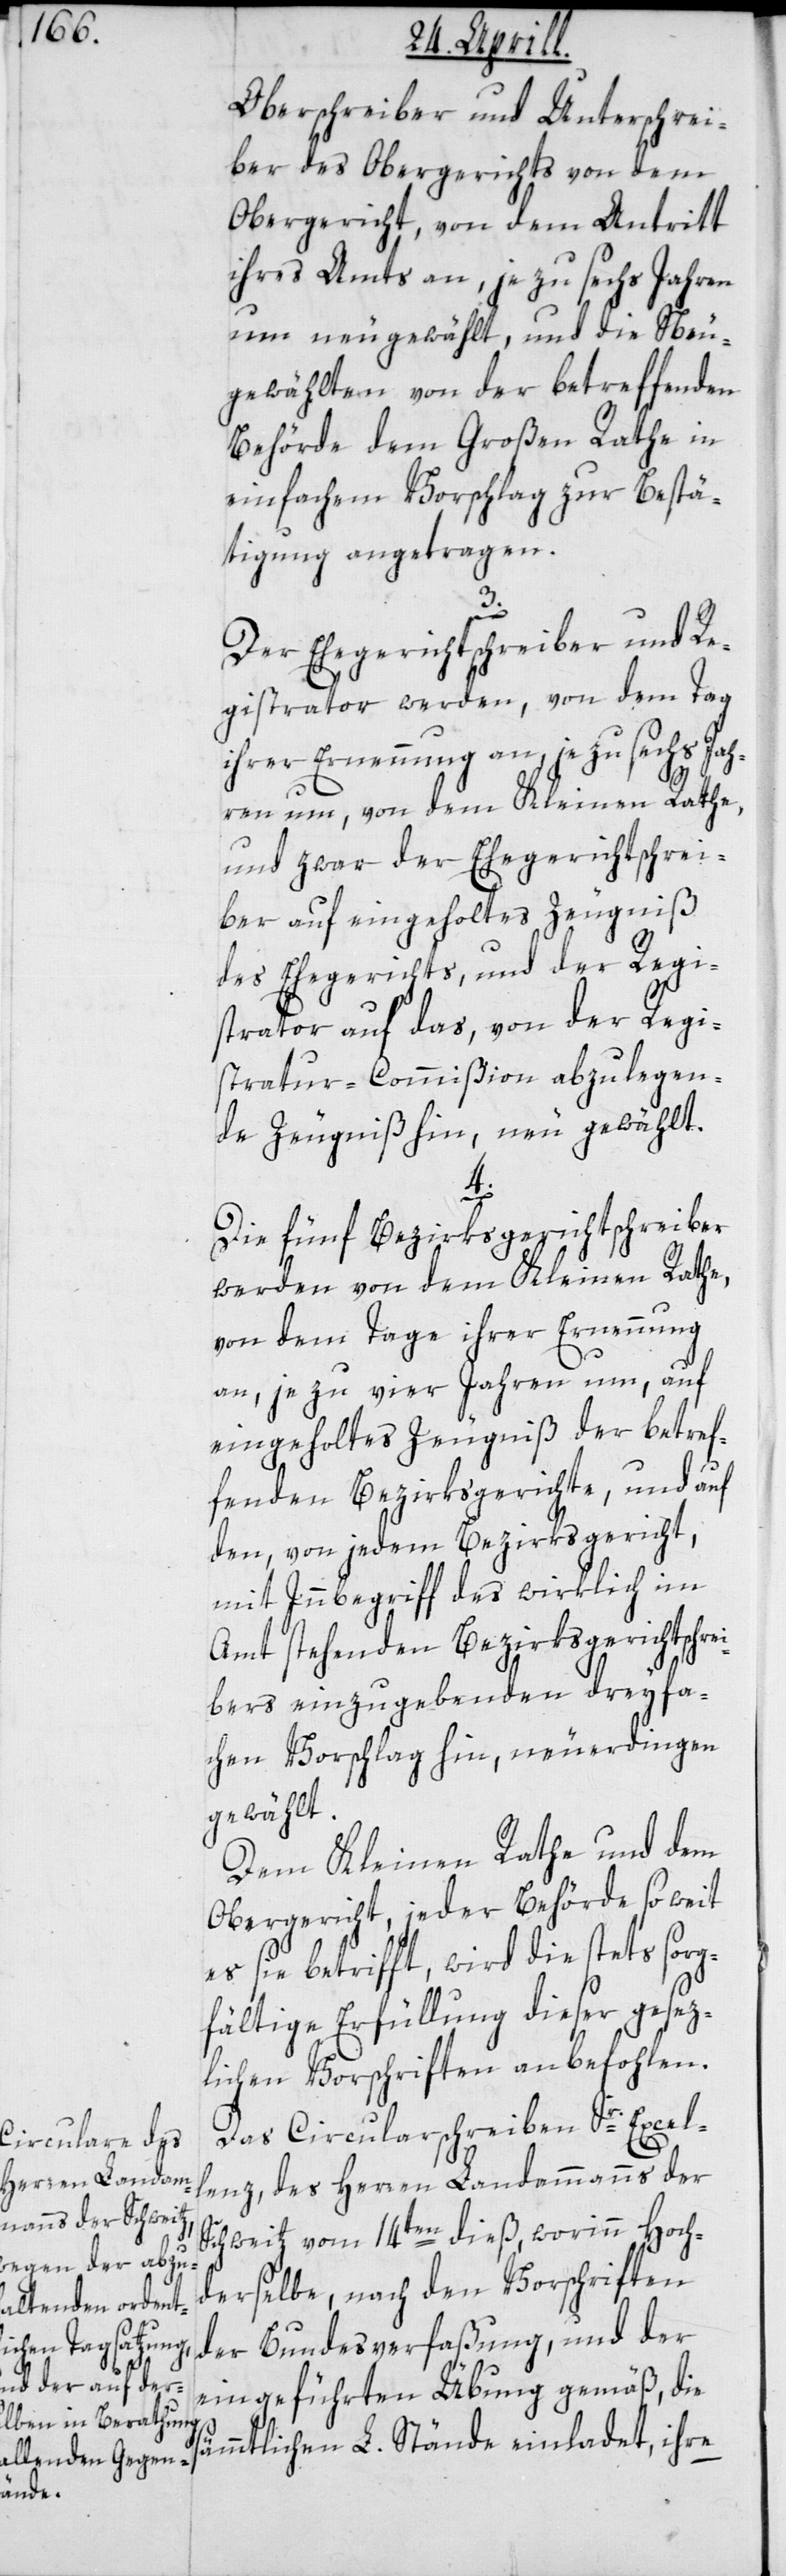
Oberschreiber und der Unterschrei¬
ber des Obergerichts von dem
Obergericht, von dem Antritt
ihres Amts an, je zu sechs Jahren
um neu gewählt, und die Neu¬
gewählten von der betreffenden
Behörde dem Großen Rathe in
einfachem Vorschlag zur Bestä¬
tigung angetragen.
3.
Der Ehegerichtschreiber und Re¬
gistrator werden, von dem Tag
ihrer Ernennung an, je zu sechs Jah¬
ren um, von dem Kleinen Rathe,
und zwar der Ehegerichtschrei¬
ber auf eingeholtes Zeugniß
des Ehegerichts, und der Regi¬
strator auf das, von der Regi¬
stratur-Commißion abzulegen¬
de Zeugniß hin, neu gewählt.
4.
Die fünf Bezirksgerichtschreiber
werden von dem Kleinen Rathe,
von dem Tage ihrer Ernennung
an, je zu vier Jahren um, auf
eingeholtes Zeugniß der betref¬
fenden Bezirksgerichte, und auf
den, von jedem Bezirksgericht,
mit Innbegriff des wirklich im
Amt stehenden Bezirksgerichtschr¬
eibers einzugebenden dreyfa¬
chen Vorschlag hin, neuerdingen
gewählt.
Dem Kleinen Rathe und dem
Obergericht, jeder Behörde soweit
es sie betrifft, wird die stets sorg¬
fältige Erfüllung dieser gesez¬
lichen Vorschriften anbefohlen.
Das Circularschreiben Sr. Excel¬
lenz, des Herren Landammanns der
Schweitz vom 14ten dieß, worinn Hoch¬
derselbe, nach den Vorschriften
der Bundesverfaßung und der
eingeführten Übung gemäß, die
sämmtlichen L. Stände einladet, ihre